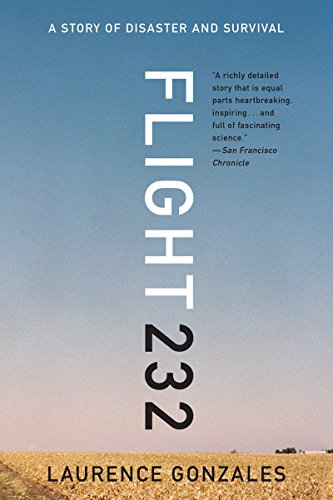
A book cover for Flight 232: A Story of Disaster and Survival; Laurence Gonzales; Politics & Social Sciences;